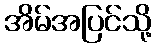
အိမ်အပြင်သို့